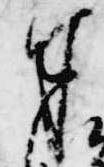
奉